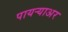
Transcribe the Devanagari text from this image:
पायर्‍याअर